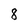
Character: 8